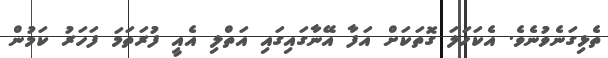
ތެޅިގަނެވުނެވެ. އެކަހަލަ ގޮތަކަށް އަފާ އޭނާގައިގައި އަތްލި އެއީ ފުރަތަމަ ފަހަރު ކަމުން